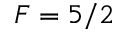
F = 5 / 2